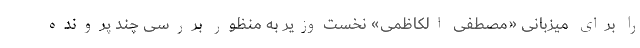
را برای میزبانی «مصطفی الکاظمی» نخست‌وزیر به منظور بررسی چند پرونده